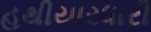
હથીયારધારી